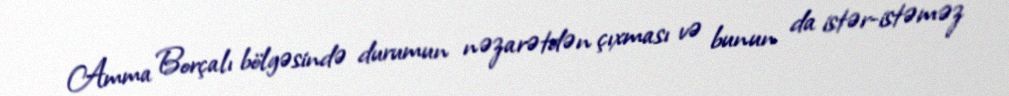
Amma Borçalı bölgəsində durumun nəzarətdən çıxması və bunun da istər-istəməz